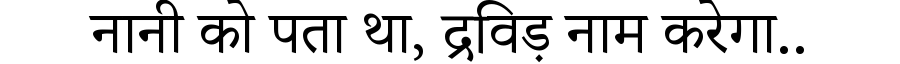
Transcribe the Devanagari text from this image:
नानी को पता था, द्रविड़ नाम करेगा..